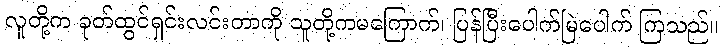
လူတို့က ခုတ်ထွင်ရှင်းလင်းတာကို သူတို့ကမကြောက်၊ ပြန်ပြီးပေါက်မြဲပေါက် ကြသည်။